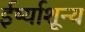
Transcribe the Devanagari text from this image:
ईर्ष्याशून्य